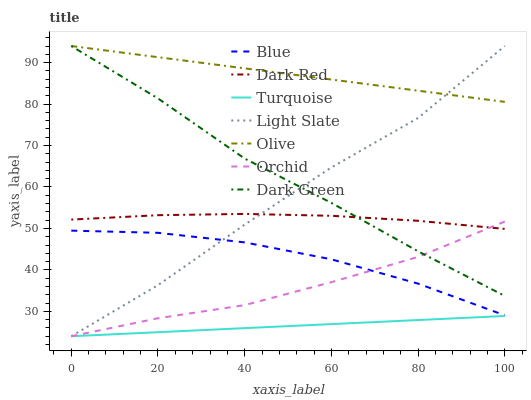
| xaxis_label | Blue | Dark Red | Turquoise | Light Slate | Olive | Orchid | Dark Green |
 | --- | --- | --- | --- | --- | --- | --- | --- |
 | 0 | 49.5 | 52.1 | 24 | 24 | 94 | 24 | 94 |
 | 20 | 48.9 | 53.2 | 25 | 36.3 | 91.3 | 28.3 | 81.4 |
 | 40 | 46.6 | 53.5 | 26 | 50.9 | 88.6 | 31.5 | 66.9 |
 | 60 | 42.6 | 53.1 | 26.9 | 64.7 | 85.9 | 37 | 56.2 |
 | 80 | 36.7 | 51.8 | 27.9 | 76.6 | 83.2 | 43.1 | 44.5 |
 | 100 | 29 | 49.9 | 28.9 | 94 | 80.5 | 51.7 | 33.7 |